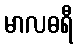
မာလဓရီ